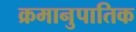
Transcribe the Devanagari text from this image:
क्रमानुपातिक